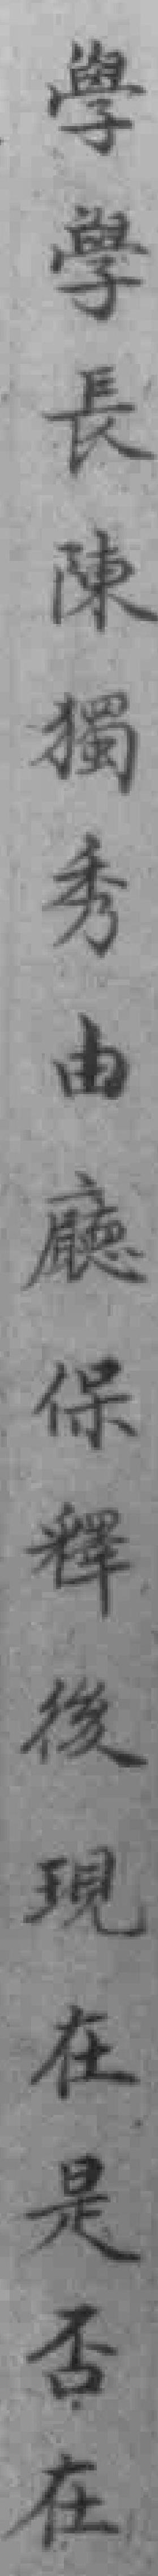
學學長陳獨秀由廳保釋後現在是否在